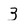
Character: 3